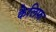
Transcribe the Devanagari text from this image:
कैलिफ